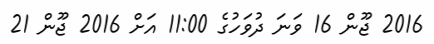
2016 ޖޫން 16 ވަނަ ދުވަހުގެ 11:00 އަށް 2016 ޖޫން 21